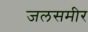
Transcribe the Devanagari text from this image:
जलसमीर